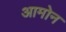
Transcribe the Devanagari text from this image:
आमोन